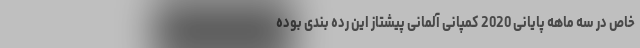
خاص در سه ماهه پایانی 2020 کمپانی آلمانی پیشتاز این رده بندی بوده